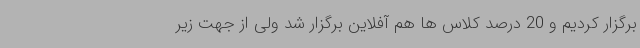
برگزار کردیم و 20 درصد کلاس ها هم آفلاین برگزار شد ولی از جهت زیر